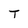
Character: T